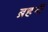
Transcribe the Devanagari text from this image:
ब्रहनी